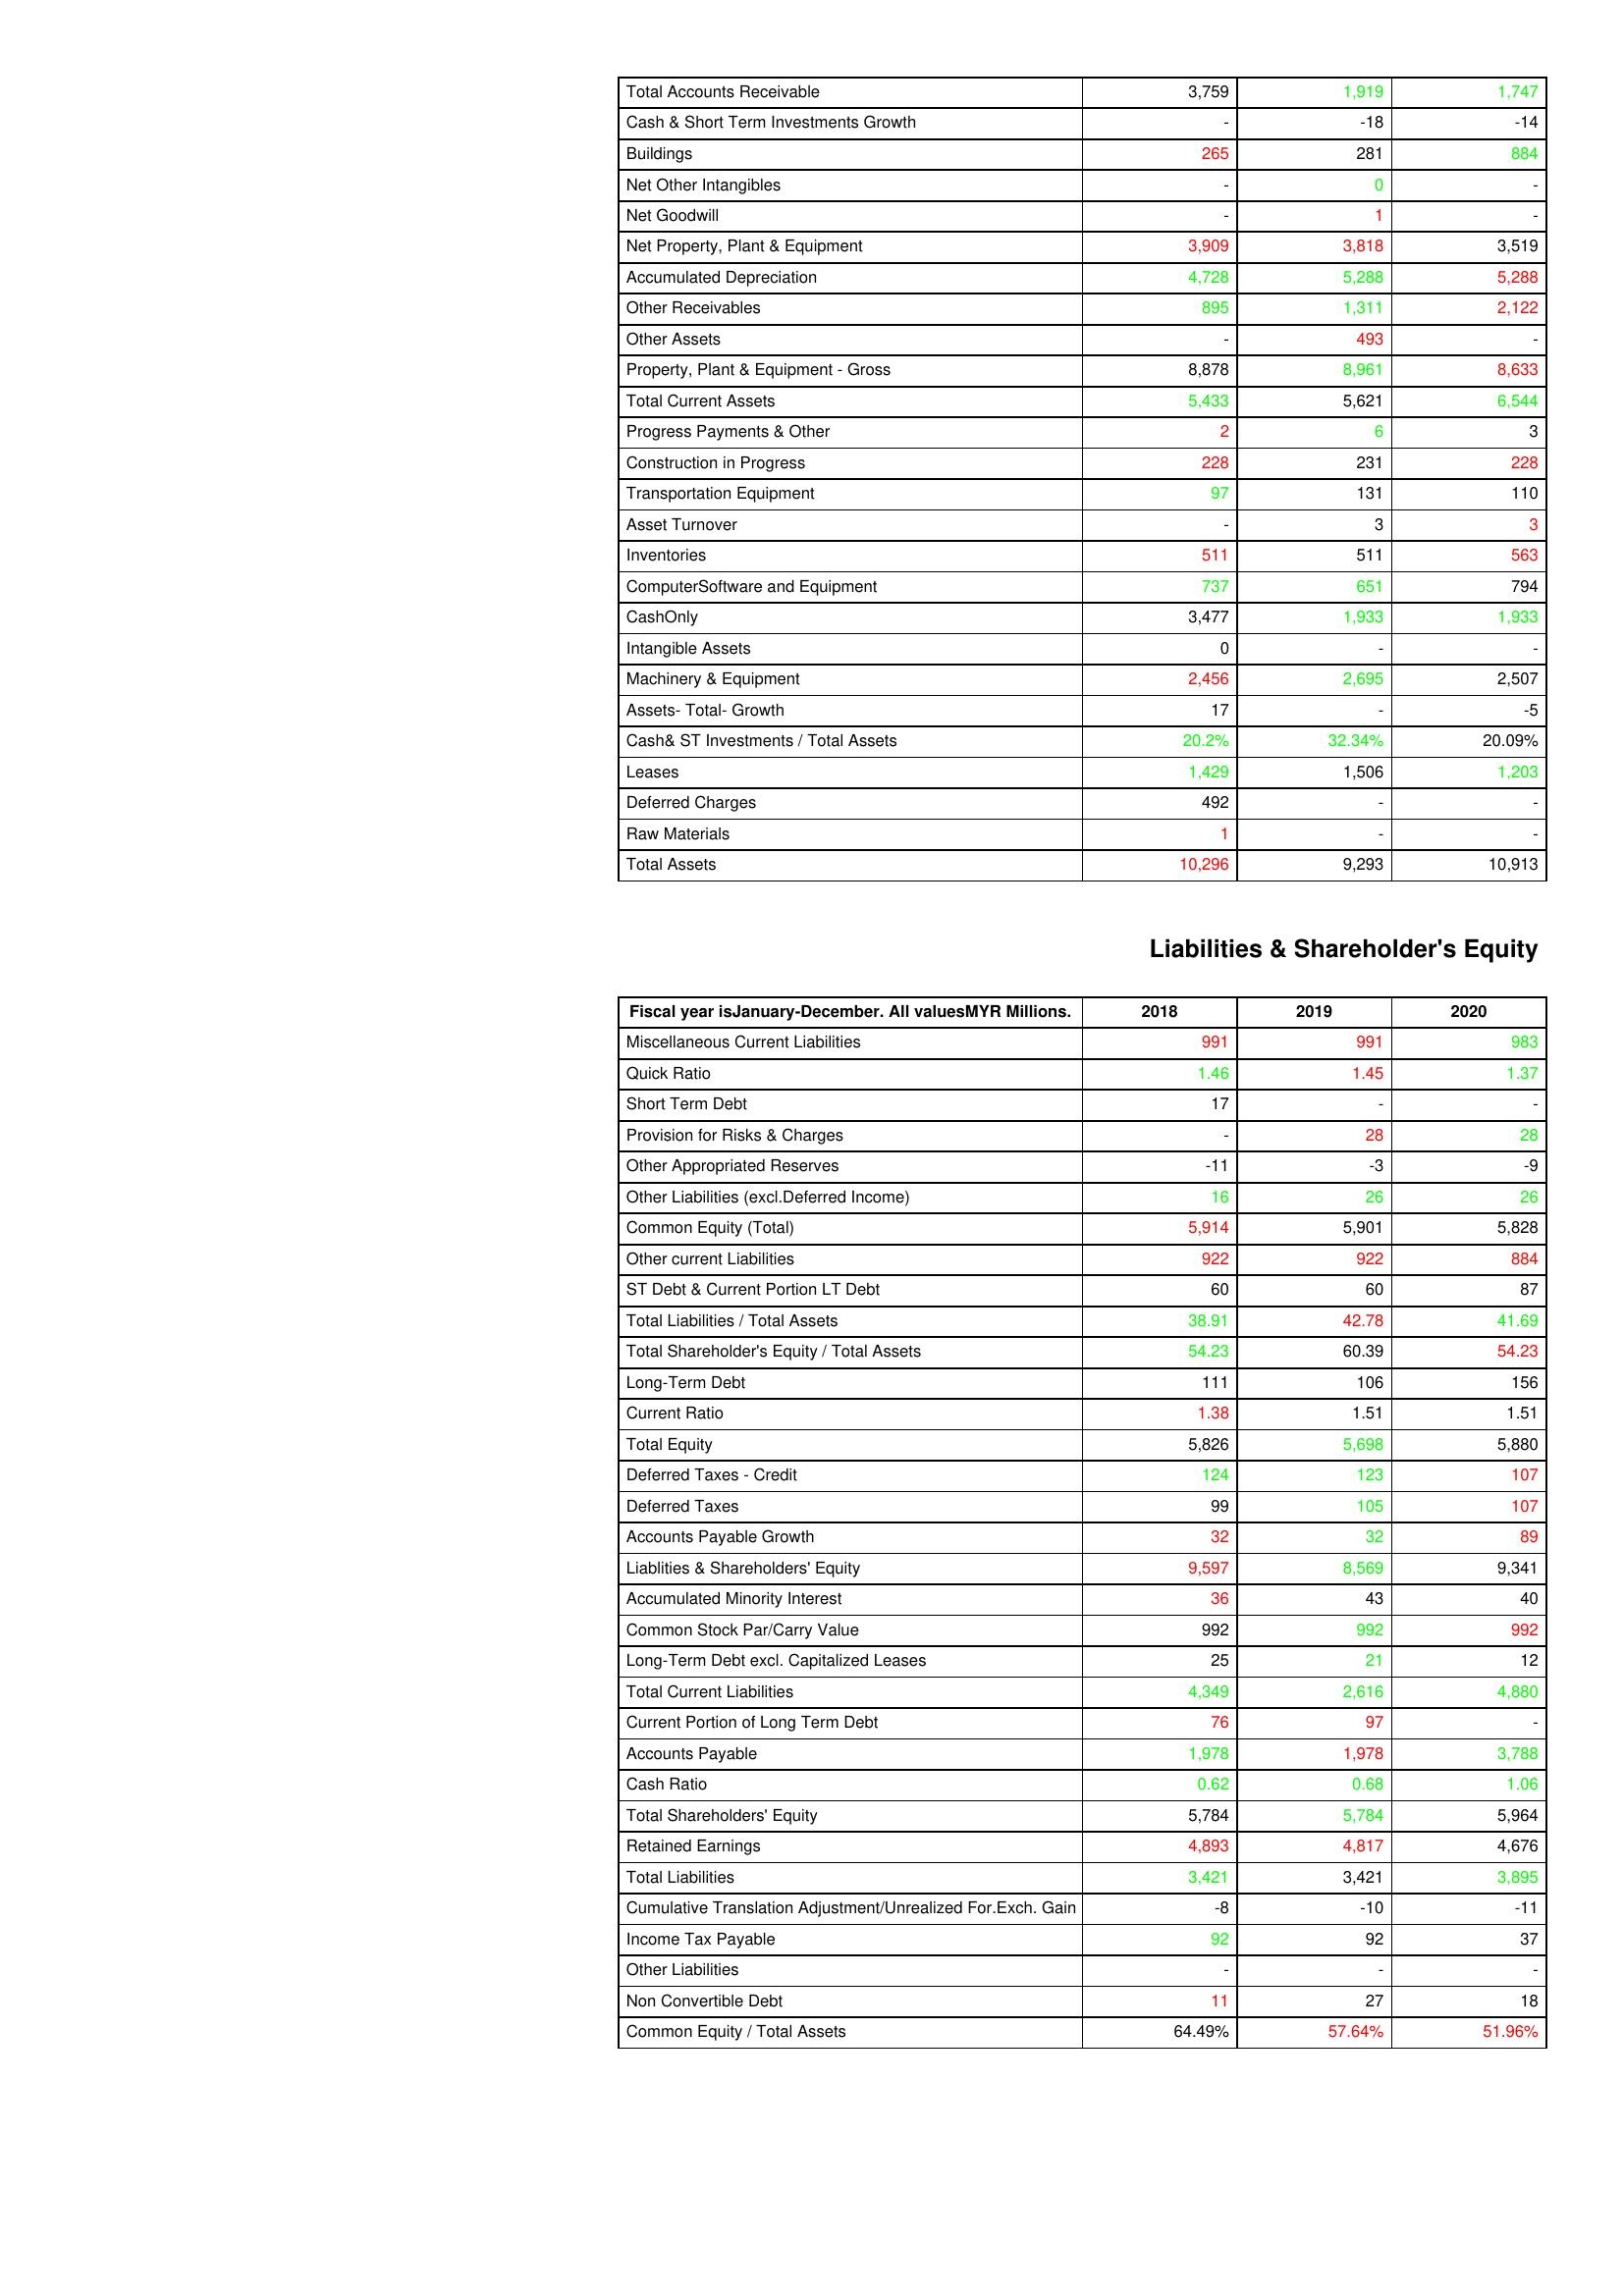
gt_parse: 2018: Assets: Total Accounts Receivable: 3,759
Cash & Short Term Investments Growth: -
Buildings: 265
Net Other Intangibles: -
Net Goodwill: -
Net Property, Plant & Equipment: 3,909
Accumulated Depreciation: 4,728
Other Receivables: 895
Other Assets: -
Property, Plant & Equipment - Gross : 8,878
Total Current Assets: 5,433
Progress Payments & Other: 2
Construction in Progress: 228
Transportation Equipment: 97
Asset Turnover: -
Inventories: 511
ComputerSoftware and Equipment: 737
CashOnly: 3,477
Intangible Assets: 0
Machinery & Equipment: 2,456
Assets- Total- Growth: 17
Cash& ST Investments / Total Assets: 20.2%
Leases: 1,429
Deferred Charges: 492
Raw Materials: 1
Total Assets: 10,296
Liabilities & Shareholder's Equity: Miscellaneous Current Liabilities: 991
Quick Ratio: 1.46
Short Term Debt: 17
Provision for Risks & Charges: -
Other Appropriated Reserves: -11
Other Liabilities (excl.Deferred Income): 16
Common Equity (Total): 5,914
Other current Liabilities: 922
ST Debt & Current Portion LT Debt: 60
Total Liabilities / Total Assets: 38.91
Total Shareholder's Equity / Total Assets: 54.23
Long-Term Debt: 111
Current Ratio: 1.38
Total Equity: 5,826
Deferred Taxes - Credit: 124
Deferred Taxes: 99
Accounts Payable Growth: 32
Liablities & Shareholders' Equity: 9,597
Accumulated Minority Interest: 36
Common Stock Par/Carry Value: 992
Long-Term Debt excl. Capitalized Leases: 25
Total Current Liabilities: 4,349
Current Portion of Long Term Debt: 76
Accounts Payable: 1,978
Cash Ratio: 0.62
Total Shareholders' Equity: 5,784
Retained Earnings: 4,893
Total Liabilities: 3,421
Cumulative Translation Adjustment/Unrealized For.Exch. Gain: -8
Income Tax Payable: 92
Other Liabilities: -
Non Convertible Debt: 11
Common Equity / Total Assets: 64.49%
2019: Assets: Total Accounts Receivable: 1,919
Cash & Short Term Investments Growth: -18
Buildings: 281
Net Other Intangibles: 0
Net Goodwill: 1
Net Property, Plant & Equipment: 3,818
Accumulated Depreciation: 5,288
Other Receivables: 1,311
Other Assets: 493
Property, Plant & Equipment - Gross : 8,961
Total Current Assets: 5,621
Progress Payments & Other: 6
Construction in Progress: 231
Transportation Equipment: 131
Asset Turnover: 3
Inventories: 511
ComputerSoftware and Equipment: 651
CashOnly: 1,933
Intangible Assets: -
Machinery & Equipment: 2,695
Assets- Total- Growth: -
Cash& ST Investments / Total Assets: 32.34%
Leases: 1,506
Deferred Charges: -
Raw Materials: -
Total Assets: 9,293
Liabilities & Shareholder's Equity: Miscellaneous Current Liabilities: 991
Quick Ratio: 1.45
Short Term Debt: -
Provision for Risks & Charges: 28
Other Appropriated Reserves: -3
Other Liabilities (excl.Deferred Income): 26
Common Equity (Total): 5,901
Other current Liabilities: 922
ST Debt & Current Portion LT Debt: 60
Total Liabilities / Total Assets: 42.78
Total Shareholder's Equity / Total Assets: 60.39
Long-Term Debt: 106
Current Ratio: 1.51
Total Equity: 5,698
Deferred Taxes - Credit: 123
Deferred Taxes: 105
Accounts Payable Growth: 32
Liablities & Shareholders' Equity: 8,569
Accumulated Minority Interest: 43
Common Stock Par/Carry Value: 992
Long-Term Debt excl. Capitalized Leases: 21
Total Current Liabilities: 2,616
Current Portion of Long Term Debt: 97
Accounts Payable: 1,978
Cash Ratio: 0.68
Total Shareholders' Equity: 5,784
Retained Earnings: 4,817
Total Liabilities: 3,421
Cumulative Translation Adjustment/Unrealized For.Exch. Gain: -10
Income Tax Payable: 92
Other Liabilities: -
Non Convertible Debt: 27
Common Equity / Total Assets: 57.64%
2020: Assets: Total Accounts Receivable: 1,747
Cash & Short Term Investments Growth: -14
Buildings: 884
Net Other Intangibles: -
Net Goodwill: -
Net Property, Plant & Equipment: 3,519
Accumulated Depreciation: 5,288
Other Receivables: 2,122
Other Assets: -
Property, Plant & Equipment - Gross : 8,633
Total Current Assets: 6,544
Progress Payments & Other: 3
Construction in Progress: 228
Transportation Equipment: 110
Asset Turnover: 3
Inventories: 563
ComputerSoftware and Equipment: 794
CashOnly: 1,933
Intangible Assets: -
Machinery & Equipment: 2,507
Assets- Total- Growth: -5
Cash& ST Investments / Total Assets: 20.09%
Leases: 1,203
Deferred Charges: -
Raw Materials: -
Total Assets: 10,913
Liabilities & Shareholder's Equity: Miscellaneous Current Liabilities: 983
Quick Ratio: 1.37
Short Term Debt: -
Provision for Risks & Charges: 28
Other Appropriated Reserves: -9
Other Liabilities (excl.Deferred Income): 26
Common Equity (Total): 5,828
Other current Liabilities: 884
ST Debt & Current Portion LT Debt: 87
Total Liabilities / Total Assets: 41.69
Total Shareholder's Equity / Total Assets: 54.23
Long-Term Debt: 156
Current Ratio: 1.51
Total Equity: 5,880
Deferred Taxes - Credit: 107
Deferred Taxes: 107
Accounts Payable Growth: 89
Liablities & Shareholders' Equity: 9,341
Accumulated Minority Interest: 40
Common Stock Par/Carry Value: 992
Long-Term Debt excl. Capitalized Leases: 12
Total Current Liabilities: 4,880
Current Portion of Long Term Debt: -
Accounts Payable: 3,788
Cash Ratio: 1.06
Total Shareholders' Equity: 5,964
Retained Earnings: 4,676
Total Liabilities: 3,895
Cumulative Translation Adjustment/Unrealized For.Exch. Gain: -11
Income Tax Payable: 37
Other Liabilities: -
Non Convertible Debt: 18
Common Equity / Total Assets: 51.96%